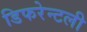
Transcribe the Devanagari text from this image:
डिफरेन्टली